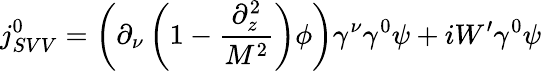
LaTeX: j_{SVV}^{0}=\left(\partial_{\nu}\left(1-\frac{\partial_{z}^{2}}{M^{2}}\right)\phi\right)\gamma^{\nu}\gamma^{0}\psi+iW^{\prime}\gamma^{0}\psi